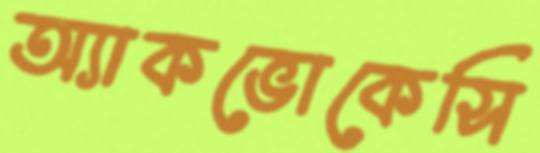
অ্যাকভোকেসি